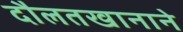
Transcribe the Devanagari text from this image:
दौलतखानाने